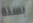
بستة